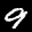
Label: 9